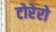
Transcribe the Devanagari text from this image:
टोरेरो